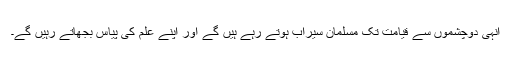
انہی دوچشموں سے قیامت تک مسلمان سیراب ہوتے رہے ہیں گے اور اپنے علم کی پیاس بجھاتے رہیں گے۔